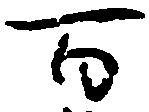
百